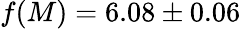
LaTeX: f(M)=6.08\pm 0.06